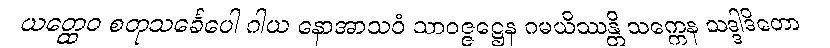
ယတ္ထေဝ စတုသင်္ခေပေါ ဂါယ နောအာသဝံ သာဝဇ္ဇဋ္ဌေန ဂမယိဿန္တိ သက္ကေန သဒ္ဒါဒိတော